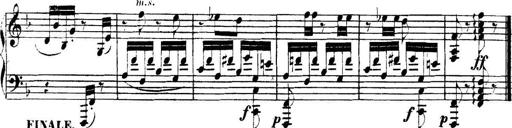
Title: Collected Piano Sonatas
Composer: Muzio Clementi